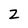
Character: Z